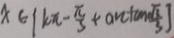
x \in \{ k \pi - \frac { \pi } { 3 } + a n \tan \frac { \pi } { 3 } \}